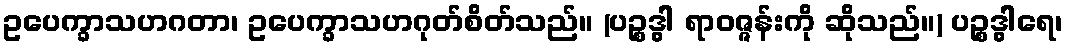
ဥပေက္ခာသဟဂတာ၊ ဥပေက္ခာသဟဂုတ်စိတ်သည်။ (ပဉ္စဒွါ ရာဝဇ္ဇန်းကို ဆိုသည်။) ပဉ္စဒွါရေ၊